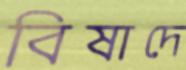
বিষাদে